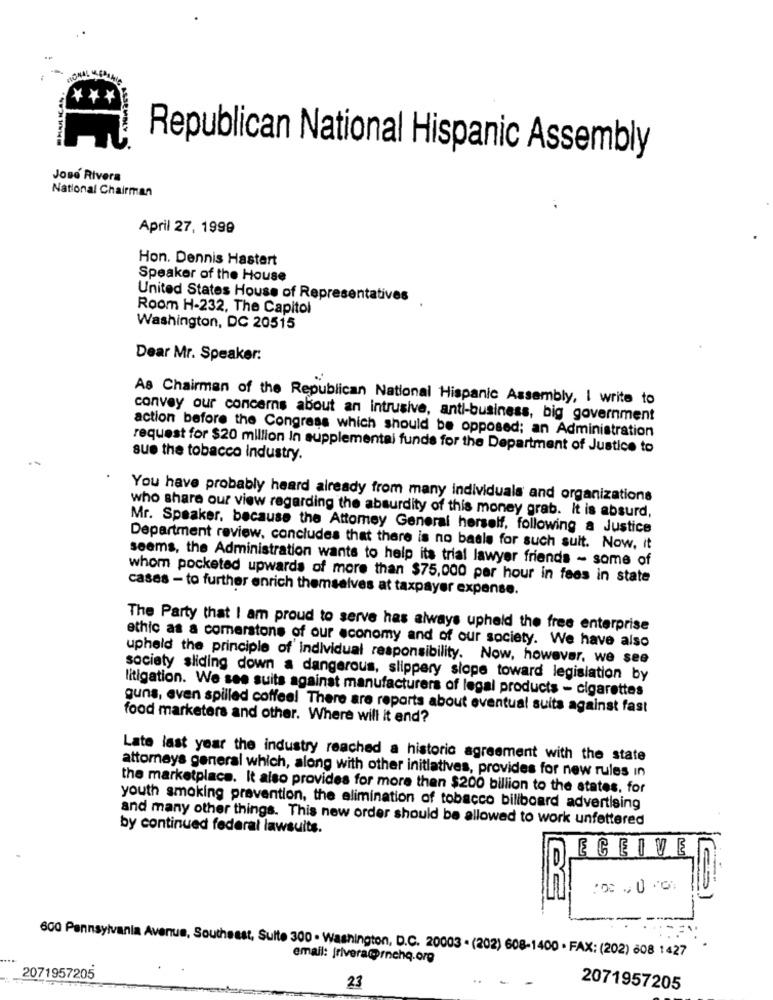
Republican National Hispanic Assembly
Jose Rivera
National Chairman
April 27, 1999
Hon. Dennis Hastert
Speaker of the House
United States House of Representatives
Room H-232, The Capitol
Washington, DC 20515
Dear Mr. Speaker:
As Chairman of the Republican National Hispanic Assembly, I write to
convey our concerns about an intrusive, anti-business, big government
action before the Congress which should be opposed; an Administration
request for $20 million In supplemental funds for the Department of Justice to
sue the tobacco Industry.
You have probably heard already from many individuals and organizations
who share our view regarding the absurdity of this money grab. It is absurd,
Mr. Speaker, because the Attomey General herself, following a Justice
Department review, concludes that there is no basle for such sult. Now, it
seems, the Administration wants to help ita trial lawyer friends - some of
whom pocketed upwards of more than $75,000 per hour in fees in state
cases - to further enrich themselves at taxpayer expense.
The Party that I am proud to serve has always upheld the free enterprise
ethic as a comerstone of our economy and of our society. We have also
upheld the principle of individual responsibility. Now, however, we see
society sliding down a dangerous, slippery slope toward legislation by
litigation. We see suits against manufacturers of legal products - cigarettes
guns, even spilled coffee! There are reports about eventual suits against fast
food marketers and other. Where will it end?
Late last year the industry reached a historic agreement with the state
attorneys general which, along with other initiatives, provides for new rules in
the marketplace. It also provides for more then $200 billion to the states, for
youth smoking pravention, the elimination of tobacco billboard advertising
and many other things. This new order should be allowed to work unfettered
by continued federal lawsuits.
ECEIVE
600 Pennsylvania Avenue, Southeast, Sulte 300 · Washington, D.C. 20003 . (202) 608-1400 · FAX: (202) 608 1427
email: jrivera@@rnehq.org
2071957205
23
2071957205